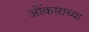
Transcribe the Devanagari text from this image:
ओंकाराच्या